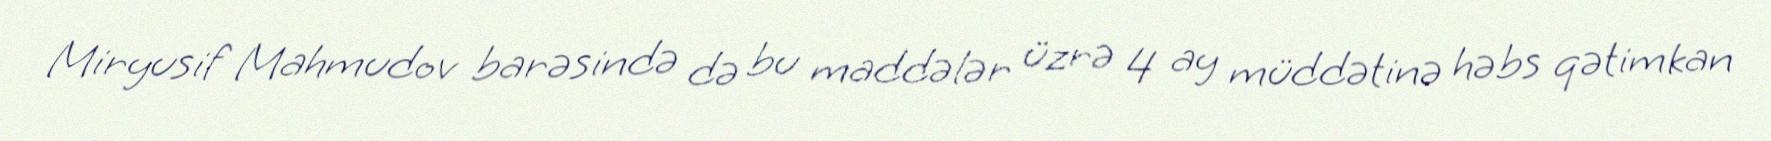
Miryusif Mahmudov barəsində də bu maddələr üzrə 4 ay müddətinə həbs qətimkan